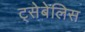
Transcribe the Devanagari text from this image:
ट्सेबेलिस